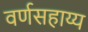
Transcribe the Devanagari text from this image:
वर्णसहाय्य